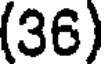
(36)